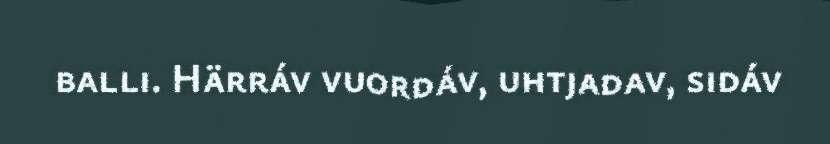
balli. Härráv vuordáv, uhtjadav, sidáv